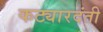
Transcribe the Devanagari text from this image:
कट्यारदंती